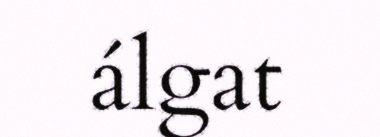
álgat